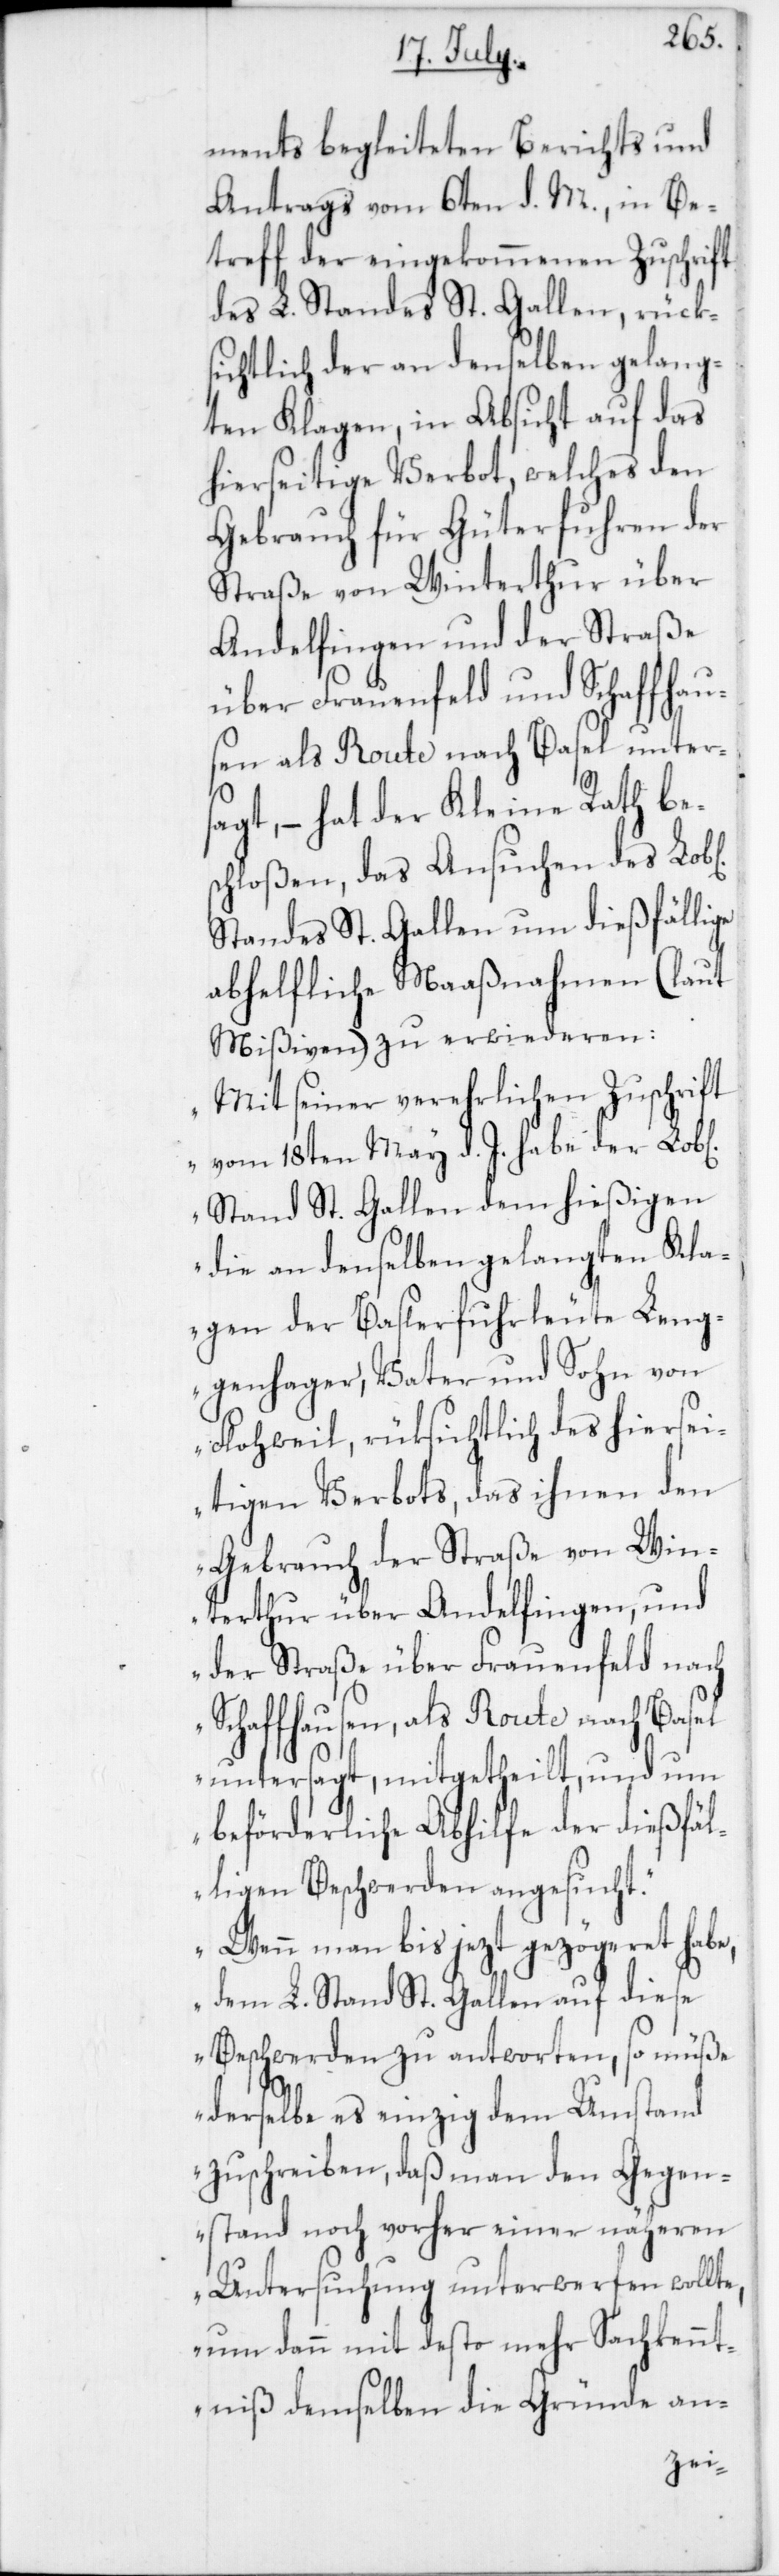
ments begleiteten Berichts und
Antrags vom 6ten d. M., in Be¬
treff der eingekommenen Zuschrift
des L. Standes St. Gallen, rück¬
sichtlich der an denselben gelang¬
ten Klagen, in Absicht auf das
hierseitige Verbot, welches den
Gebrauch für Güterfuhren der
Straße von Winterthur über
Andelfingen und der Straße
über Frauenfeld und Schaffhau¬
sen als Route nach Basel unters¬
agt, – hat der Kleine Rath be¬
schloßen, das Ansuchen des Lob[l¬
Standes St. Gallen um dießfällige
abhelfliche Maaßnahmen (laut
Mißiven) zu erwiederen:
„Mit seiner verehrlichen Zuschrift
vom 18ten May d. J. habe der
Stand St. Gallen dem hießigen
die an denselben gelangten Kla¬
gen der Baslerfuhrleute Leng¬
genhager, Vater und Sohn von
Flohweil, rüksichtlich des hiersei¬
tigen Verbots, das ihnen den
Gebrauch der Straße von Win¬
terthur über Andelfingen, und
der Straße über Frauenfeld nach
Schaffhausen, als Route nach Basel
untersagt, mitgetheilt, und um
beförderliche Abhilfe der dießfäl¬
ligen Beschwerden angesucht.
Wenn man bis jezt gezögeret ha¬
dem L. Stand St. Gallen auf diese
Beschwerden zu antworten, so müße
derselbe es einzig dem Umstand
zuschreiben, daß man den Gegen¬
stand noch vorher einer näheren
Untersuchung unterwerfen wollte,
um dann mit desto mehr Sachkennt¬
niß demselben die Gründe an-
be,